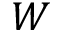
W